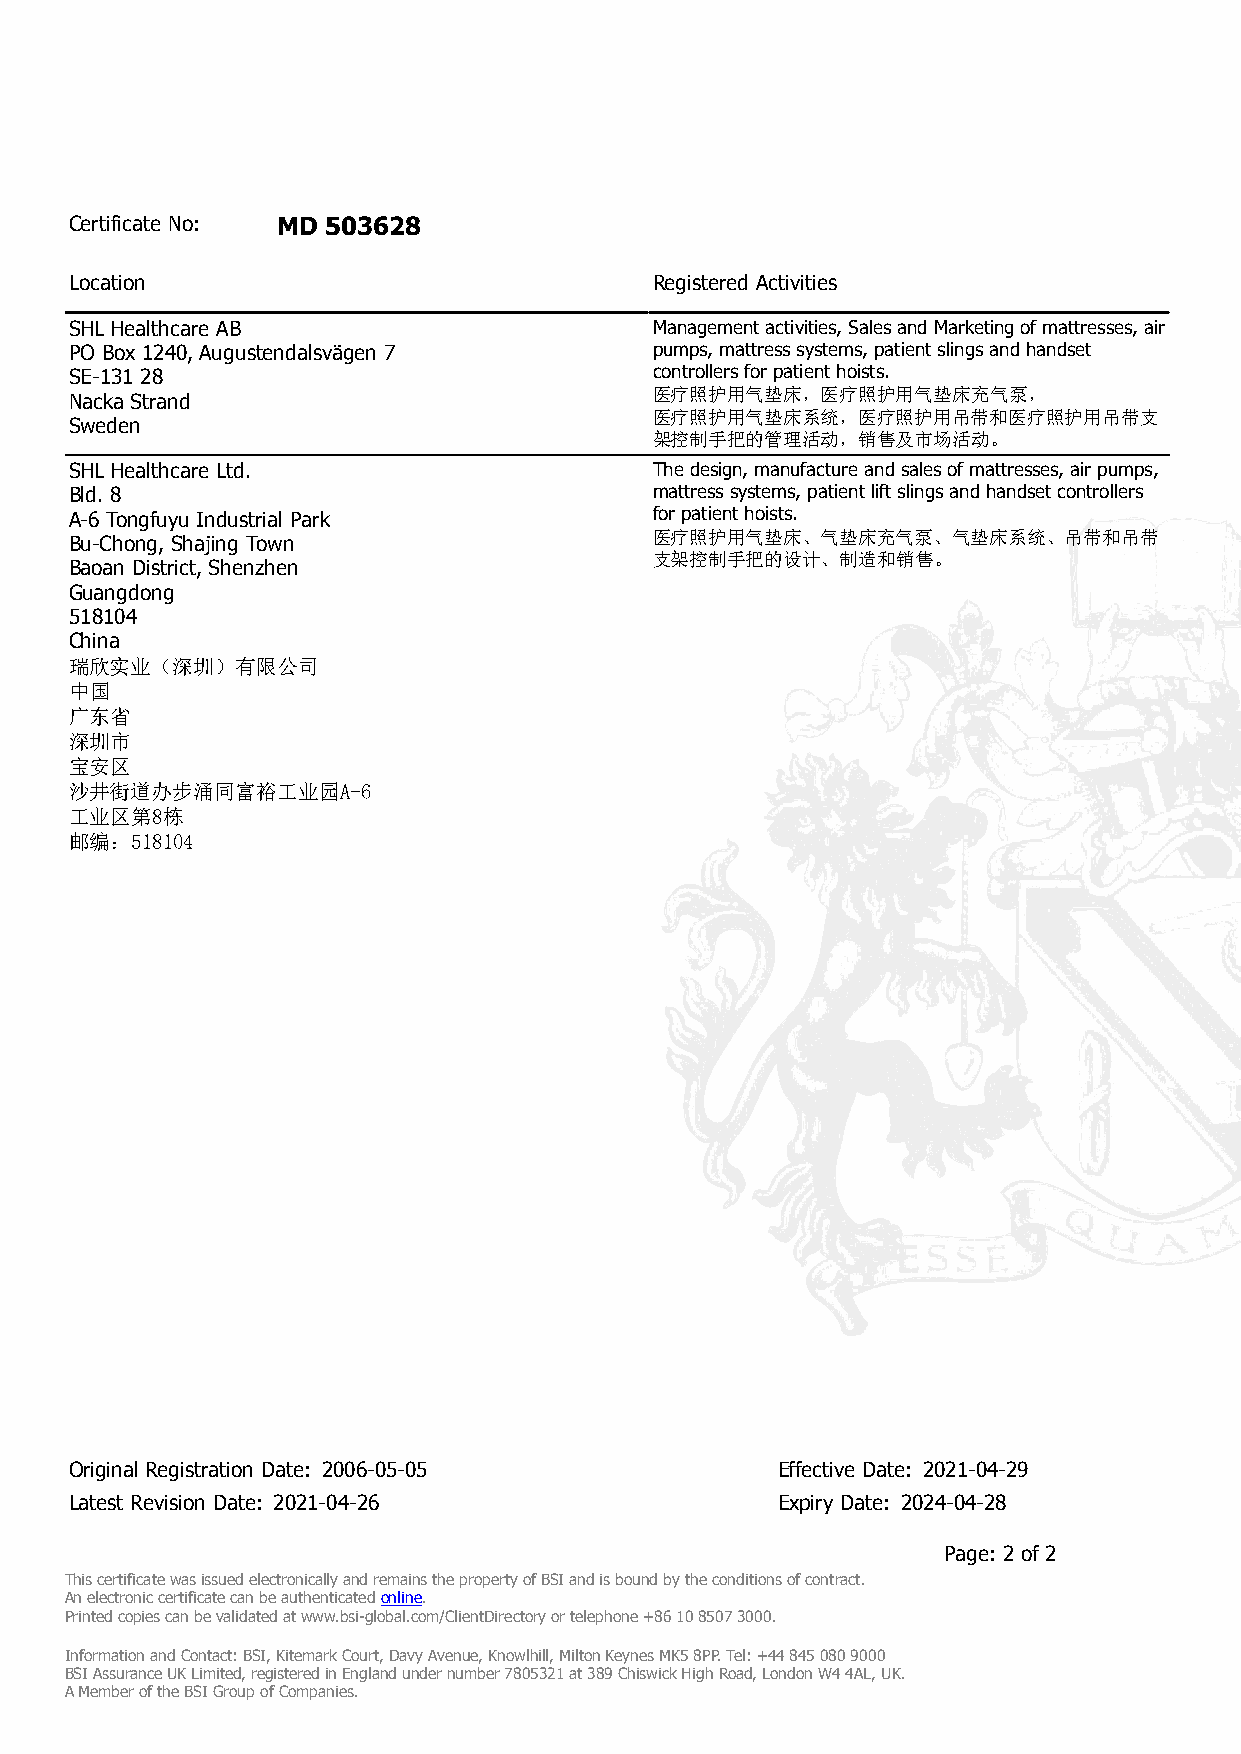
Certificate No: MD 503628
 Location                              Registered Activities
 SHL Healthcare AB                     Management activities, Sales and Marketing of mattresses, air
 PO Box 1240, Augustendalsvägen 7      pumps, mattress systems, patient slings and handset
 SE-131 28                             controllers for patient hoists.
 医疗照护用气垫床，医疗照护用气垫床充气泵，
 Nacka Strand
 医疗照护用气垫床系统，医疗照护用吊带和医疗照护用吊带支
 Sweden
 架控制手把的管理活动，销售及市场活动。
 SHL Healthcare Ltd.                   The design, manufacture and sales of mattresses, air pumps,
 Bld. 8                                mattress systems, patient lift slings and handset controllers
 A-6 Tongfuyu Industrial Park          for patient hoists.
 医疗照护用气垫床、气垫床充气泵、气垫床系统、吊带和吊带
 Bu-Chong, Shajing Town
 支架控制手把的设计、制造和销售。
 Baoan District, Shenzhen
 Guangdong
 518104
 China
 瑞欣实业（深圳）有限公司
 中国
 广东省
 深圳市
 宝安区
 沙井街道办步涌同富裕工业园A-6
 工业区第8栋
 邮编：518104
 Original Registration Date: 2006-05-05        Effective Date: 2021-04-29
 Latest Revision Date: 2021-04-26              Expiry Date: 2024-04-28
 Page: 2 of 2
 This certificate was issued electronically and remains the property of BSI and is bound by the conditions of contract.
 An electronic certificate can be authenticated online.
 Printed copies can be validated at www.bsi-global.com/ClientDirectory or telephone +86 10 8507 3000.
 Information and Contact: BSI, Kitemark Court, Davy Avenue, Knowlhill, Milton Keynes MK5 8PP. Tel: +44 845 080 9000
 BSI Assurance UK Limited, registered in England under number 7805321 at 389 Chiswick High Road, London W4 4AL, UK.
 A Member of the BSI Group of Companies.